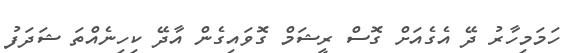
ހަމަމިހާރު ދޭ އެގެއަށް ގޮސް ރީޝަމް ގޮވައިގެން އާދޭ ކިހިނެއްތަ ޝަދަފު